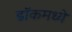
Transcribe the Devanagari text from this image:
डॉकमध्ये